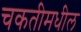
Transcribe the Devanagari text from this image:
चकतीमधील